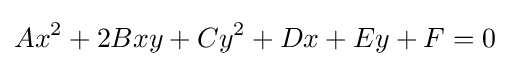
Ax^{2}+2Bxy+Cy^{2}+Dx+Ey+F=0